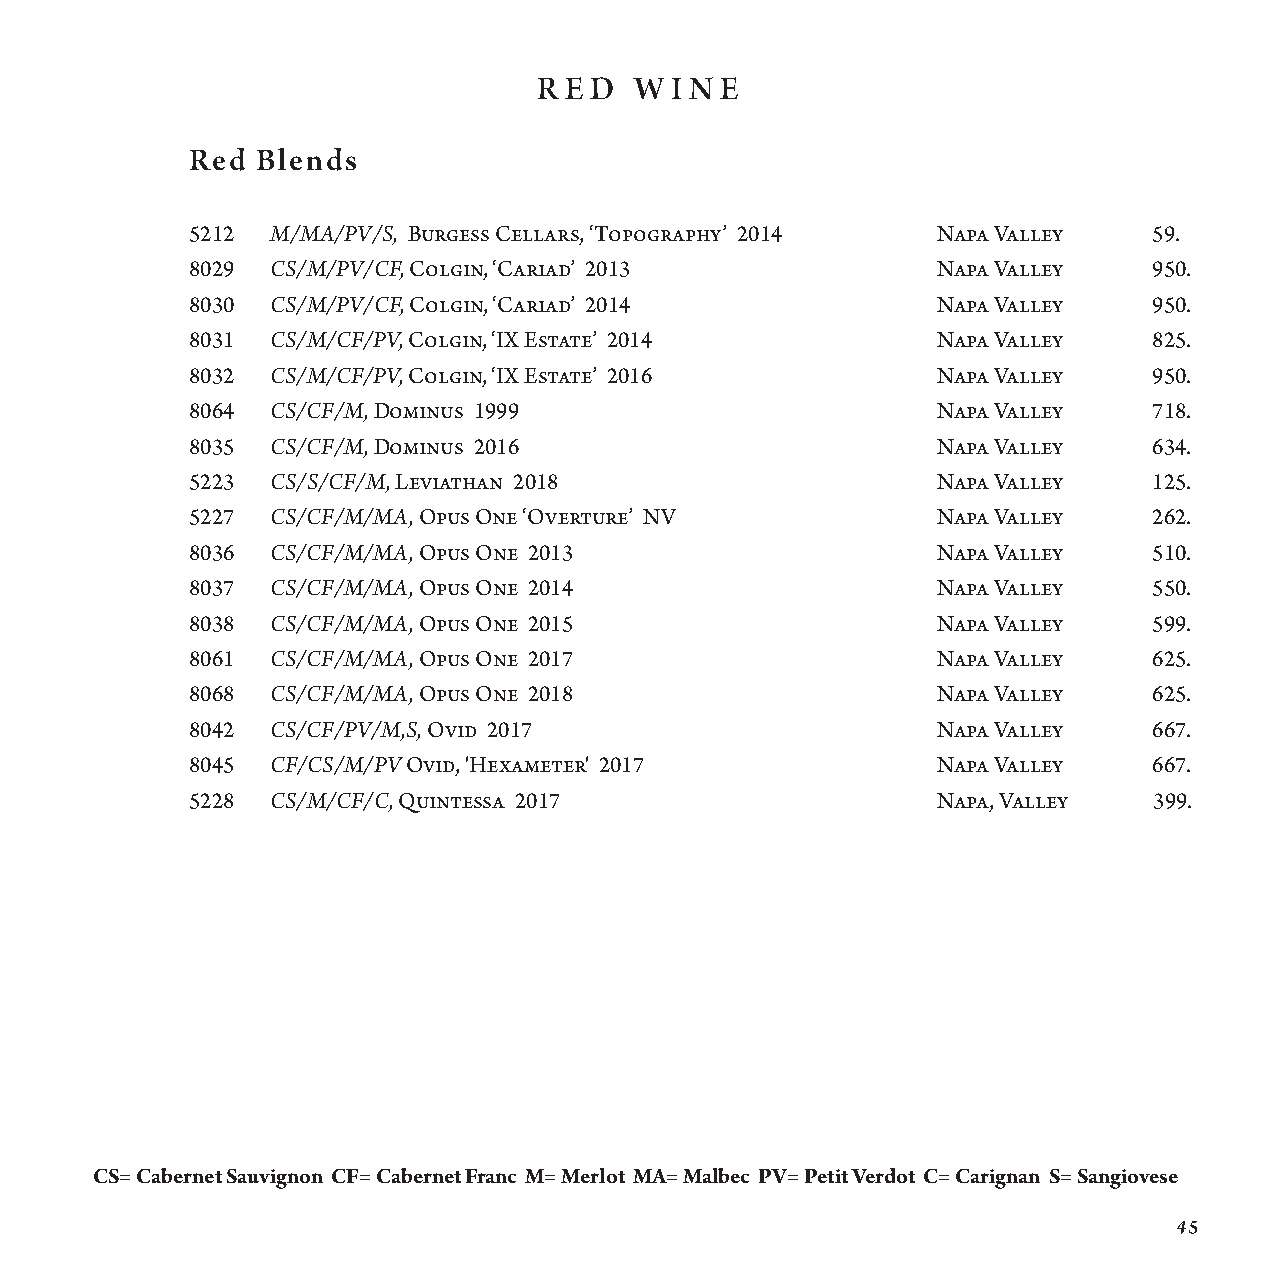
R E D W I N E
 Red Blends
 Wahluke Slope, WA 49. 5212 M/MA/PV/S, Burgess Cellars, ‘Topography’ 2014 Napa Valley 59.
 8029 CS/M/PV/CF, Colgin, ‘Cariad’ 2013           N apa Valley  950.
 Monterey County, CA 56. 8030 CS/M/PV/CF, Colgin, ‘Cariad’ 2014 N apa Valley 950.
 Dry Creek Valley, CA 94. 8031 CS/M/CF/PV, Colgin, ‘IX Estate’ 2014 N apa Valley 825.
 Dry Creek Valley, CA 94. 8032 CS/M/CF/PV, Colgin, ‘IX Estate’ 2016 N apa Valley 950.
 Napa Valley, CA 90. 8064 CS/CF/M, Dominus 1999                Napa Valley   718.
 Napa Valley, CA 200. 8035 CS/CF/M, Dominus 2016               N ap a Valley 634.
 Ballard Canyon, CA 62. 5223 CS/S/CF/M, Leviathan 2018         N apa Valley  125.
 5227 CS/CF/M/MA, Opus One ‘Overture’ NV          N apa Valley  262.
 8036 CS/CF/M/MA, Opus One 2013                   Napa Valley   510.
 8037 CS/CF/M/MA, Opus One 2014                   N apa Valley  550.
 Columbia Valley, WA 68. 8038 CS/CF/M/MA, Opus One 2015        N apa Valley  599.
 8061 CS/CF/M/MA, Opus One 2017                   N apa Valley  625.
 Shenandoah Valley, CA 94. 8068 CS/CF/M/MA, Opus One 2018      N apa Valley  625.
 8042 CS/CF/PV/M,S, Ovid 2017                     N apa Valley  667.
 Santa Barbara, CA 52. 8045 CF/CS/M/PV Ovid, 'Hexameter' 2017  N apa Valley  667.
 5228 CS/M/CF/C, Quintessa 2017                   Nap a , V a l l e y 399.
 Paso Robles, CA 182.
 Sonoma County, CA 64.
 Sonoma County, CA 110.
 Sonoma County, CA 110.
 CS= Cabernet Sauvignon CF= Cabernet Franc M= Merlot MA= Malbec PV= Petit Verdot C= Carignan S= Sangiovese
 45